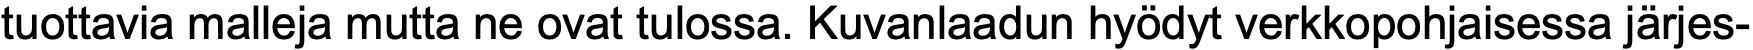
tuottavia malleja mutta ne ovat tulossa. Kuvanlaadun hyödyt verkkopohjaisessa järjes-